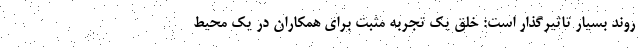
روند بسیار تاثیرگذار است: خلق یک تجربه مثبت برای همکاران در یک محیط